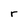
Character: r